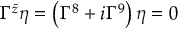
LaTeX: \Gamma ^ { \bar { z } } \eta = \left( \Gamma ^ { 8 } + i \Gamma ^ { 9 } \right) \eta = 0